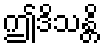
ဤဒိသန္တိ